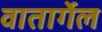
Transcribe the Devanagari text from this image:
वातार्गेल